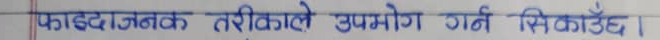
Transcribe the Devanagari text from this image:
फाइदाजनक तरिकाले उपयोग गर्न सिकाउँछ।